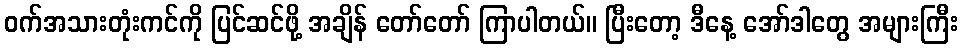
ဝက်အသားတုံးကင်ကို ပြင်ဆင်ဖို့ အချိန် တော်တော် ကြာပါတယ်။ ပြီးတော့ ဒီနေ့ အော်ဒါတွေ အများကြီး